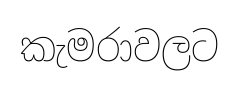
කැමරාවලට